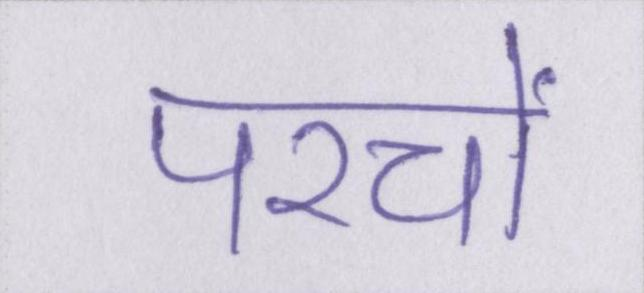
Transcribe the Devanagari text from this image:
परचों